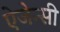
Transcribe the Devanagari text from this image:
ऐजेन्‍सी